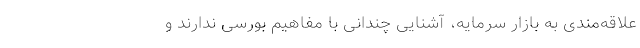
علاقه‌مندی به بازار سرمایه، آشنایی چندانی با مفاهیم بورسی ندارند و